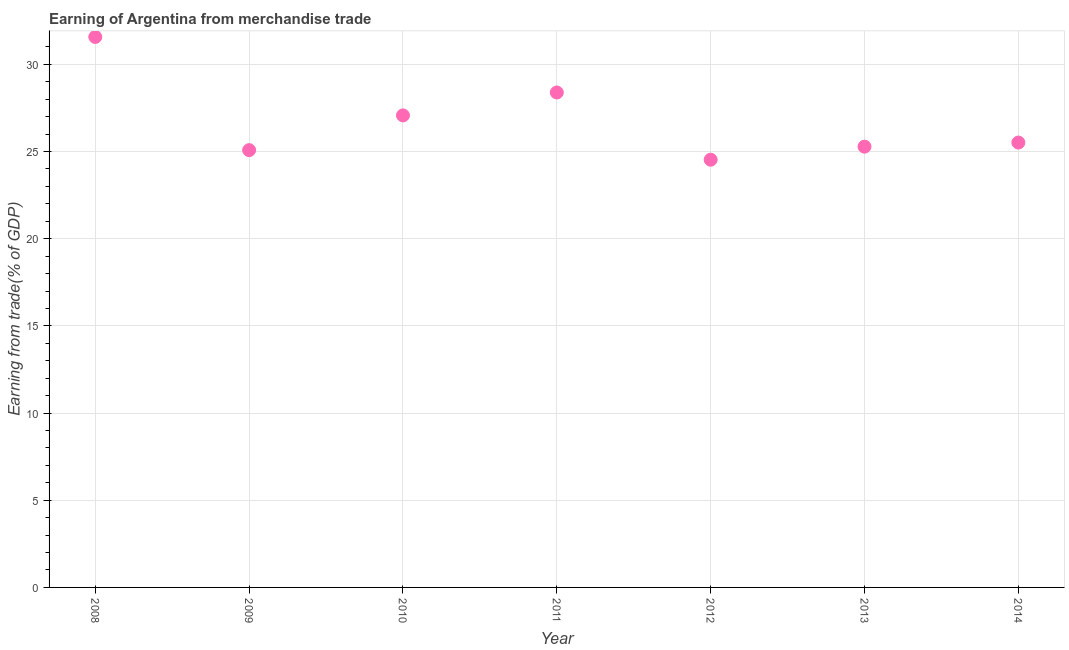
| Year | Merchandise trade |
 | --- | --- |
 | 2008 | 31.6 |
 | 2009 | 25.1 |
 | 2010 | 27.1 |
 | 2011 | 28.4 |
 | 2012 | 24.5 |
 | 2013 | 25.3 |
 | 2014 | 25.5 |